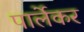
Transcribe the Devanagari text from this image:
पार्लेकर